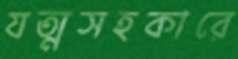
যত্মসহকারে